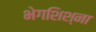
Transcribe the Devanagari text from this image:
भेगशिश्ना